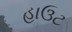
હાઉટ